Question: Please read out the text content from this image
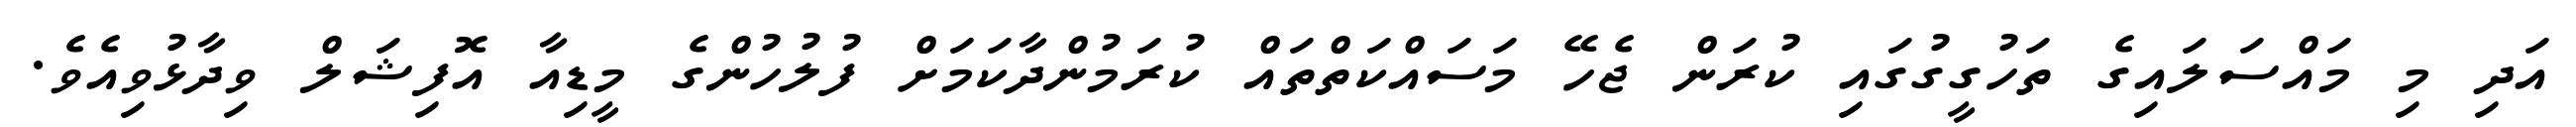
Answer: އަދި މި މައްސަލައިގެ ތަހުގީގުގައި ކުރަން ޖެހޭ މަސައްކަތްތައް ކުރަމުންދާކަމަށް ފުލުހުންގެ މީޑިއާ އޮފިޝަލް ވިދާޅުވިއެވެ.